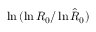
\ln { ( \ln { R _ { 0 } } / \ln { \hat { R } _ { 0 } } ) }